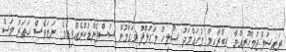
ރައީސުލްޖުމްހޫރިއްޔާ އިބްރާހިމް މުހައްމަދު ސޯލިހު މަހުލޫފު މަގާމުން ސަސްޕެންޑުކުރެއްވިއެވެ. ނަމަވެސް ހަތަރު މަސް